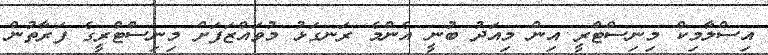
އިސްލާމިކް މިނިސްޓްރީ އިން މިއަދު ބުނީ އެންމެ ރަނގަޅު މުވައްޒަފަށް މިނިސްޓްރީގެ ފަރާތުން